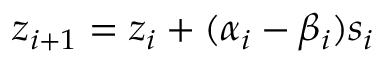
z _ { i + 1 } = z _ { i } + ( \alpha _ { i } - \beta _ { i } ) s _ { i }